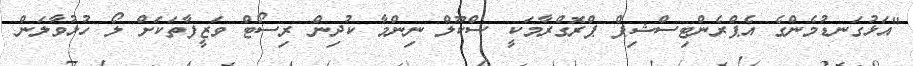
"އަޅުގަނޑުމެންގެ އެޕްރެންޓިސްޝިޕް ޕްރޮގްރާމަކީ ސްކޫލް ނިންމާ ކުދިން ރިސޯޓް ވަޒީފާތަކަށް ލޯ ހުޅުވާލަން